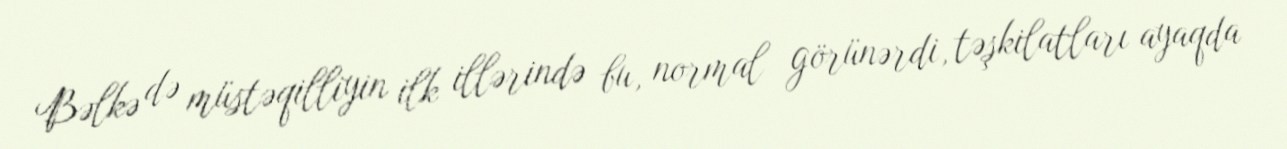
Bəlkə də müstəqilliyin ilk illərində bu, normal görünərdi, təşkilatları ayaqda